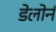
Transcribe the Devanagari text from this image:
डेलोर्न